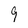
Character: 9